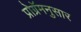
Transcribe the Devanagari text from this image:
प्रोग्रॅमनुसार